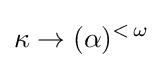
\kappa \rightarrow (\alpha )^{<\,\omega }